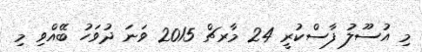
މި އުސޫލު ފާސްކުރީ 24 މާރޗް 2015 ވަނަ ދުވަހު ބޭއްވި މި